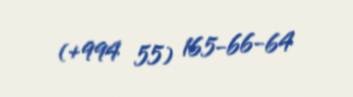
(+994 55) 165-66-64